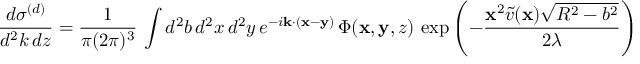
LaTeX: \frac { d \sigma ^ { ( d ) } } { d ^ { 2 } k \, d z } = \frac { 1 } { \pi ( 2 \pi ) ^ { 3 } } \, \int d ^ { 2 } b \, d ^ { 2 } x \, d ^ { 2 } y \, e ^ { - i { \bf k } \cdot ( { \bf x } - { \bf y } ) } \, \Phi ( { \bf x } , { \bf y } , z ) \, \exp \left( - \frac { { \bf x } ^ { 2 } \tilde { v } ( { \bf x } ) \sqrt { R ^ { 2 } - b ^ { 2 } } } { 2 \lambda } \right) \, \exp \left( - \frac { { \bf y } ^ { 2 } \tilde { v } ( { \bf y } ) \sqrt { R ^ { 2 } - b ^ { 2 } } } { 2 \lambda } \right)